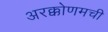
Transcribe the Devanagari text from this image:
अरक्कोणमची